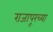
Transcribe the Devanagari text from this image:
राजापूरच्या